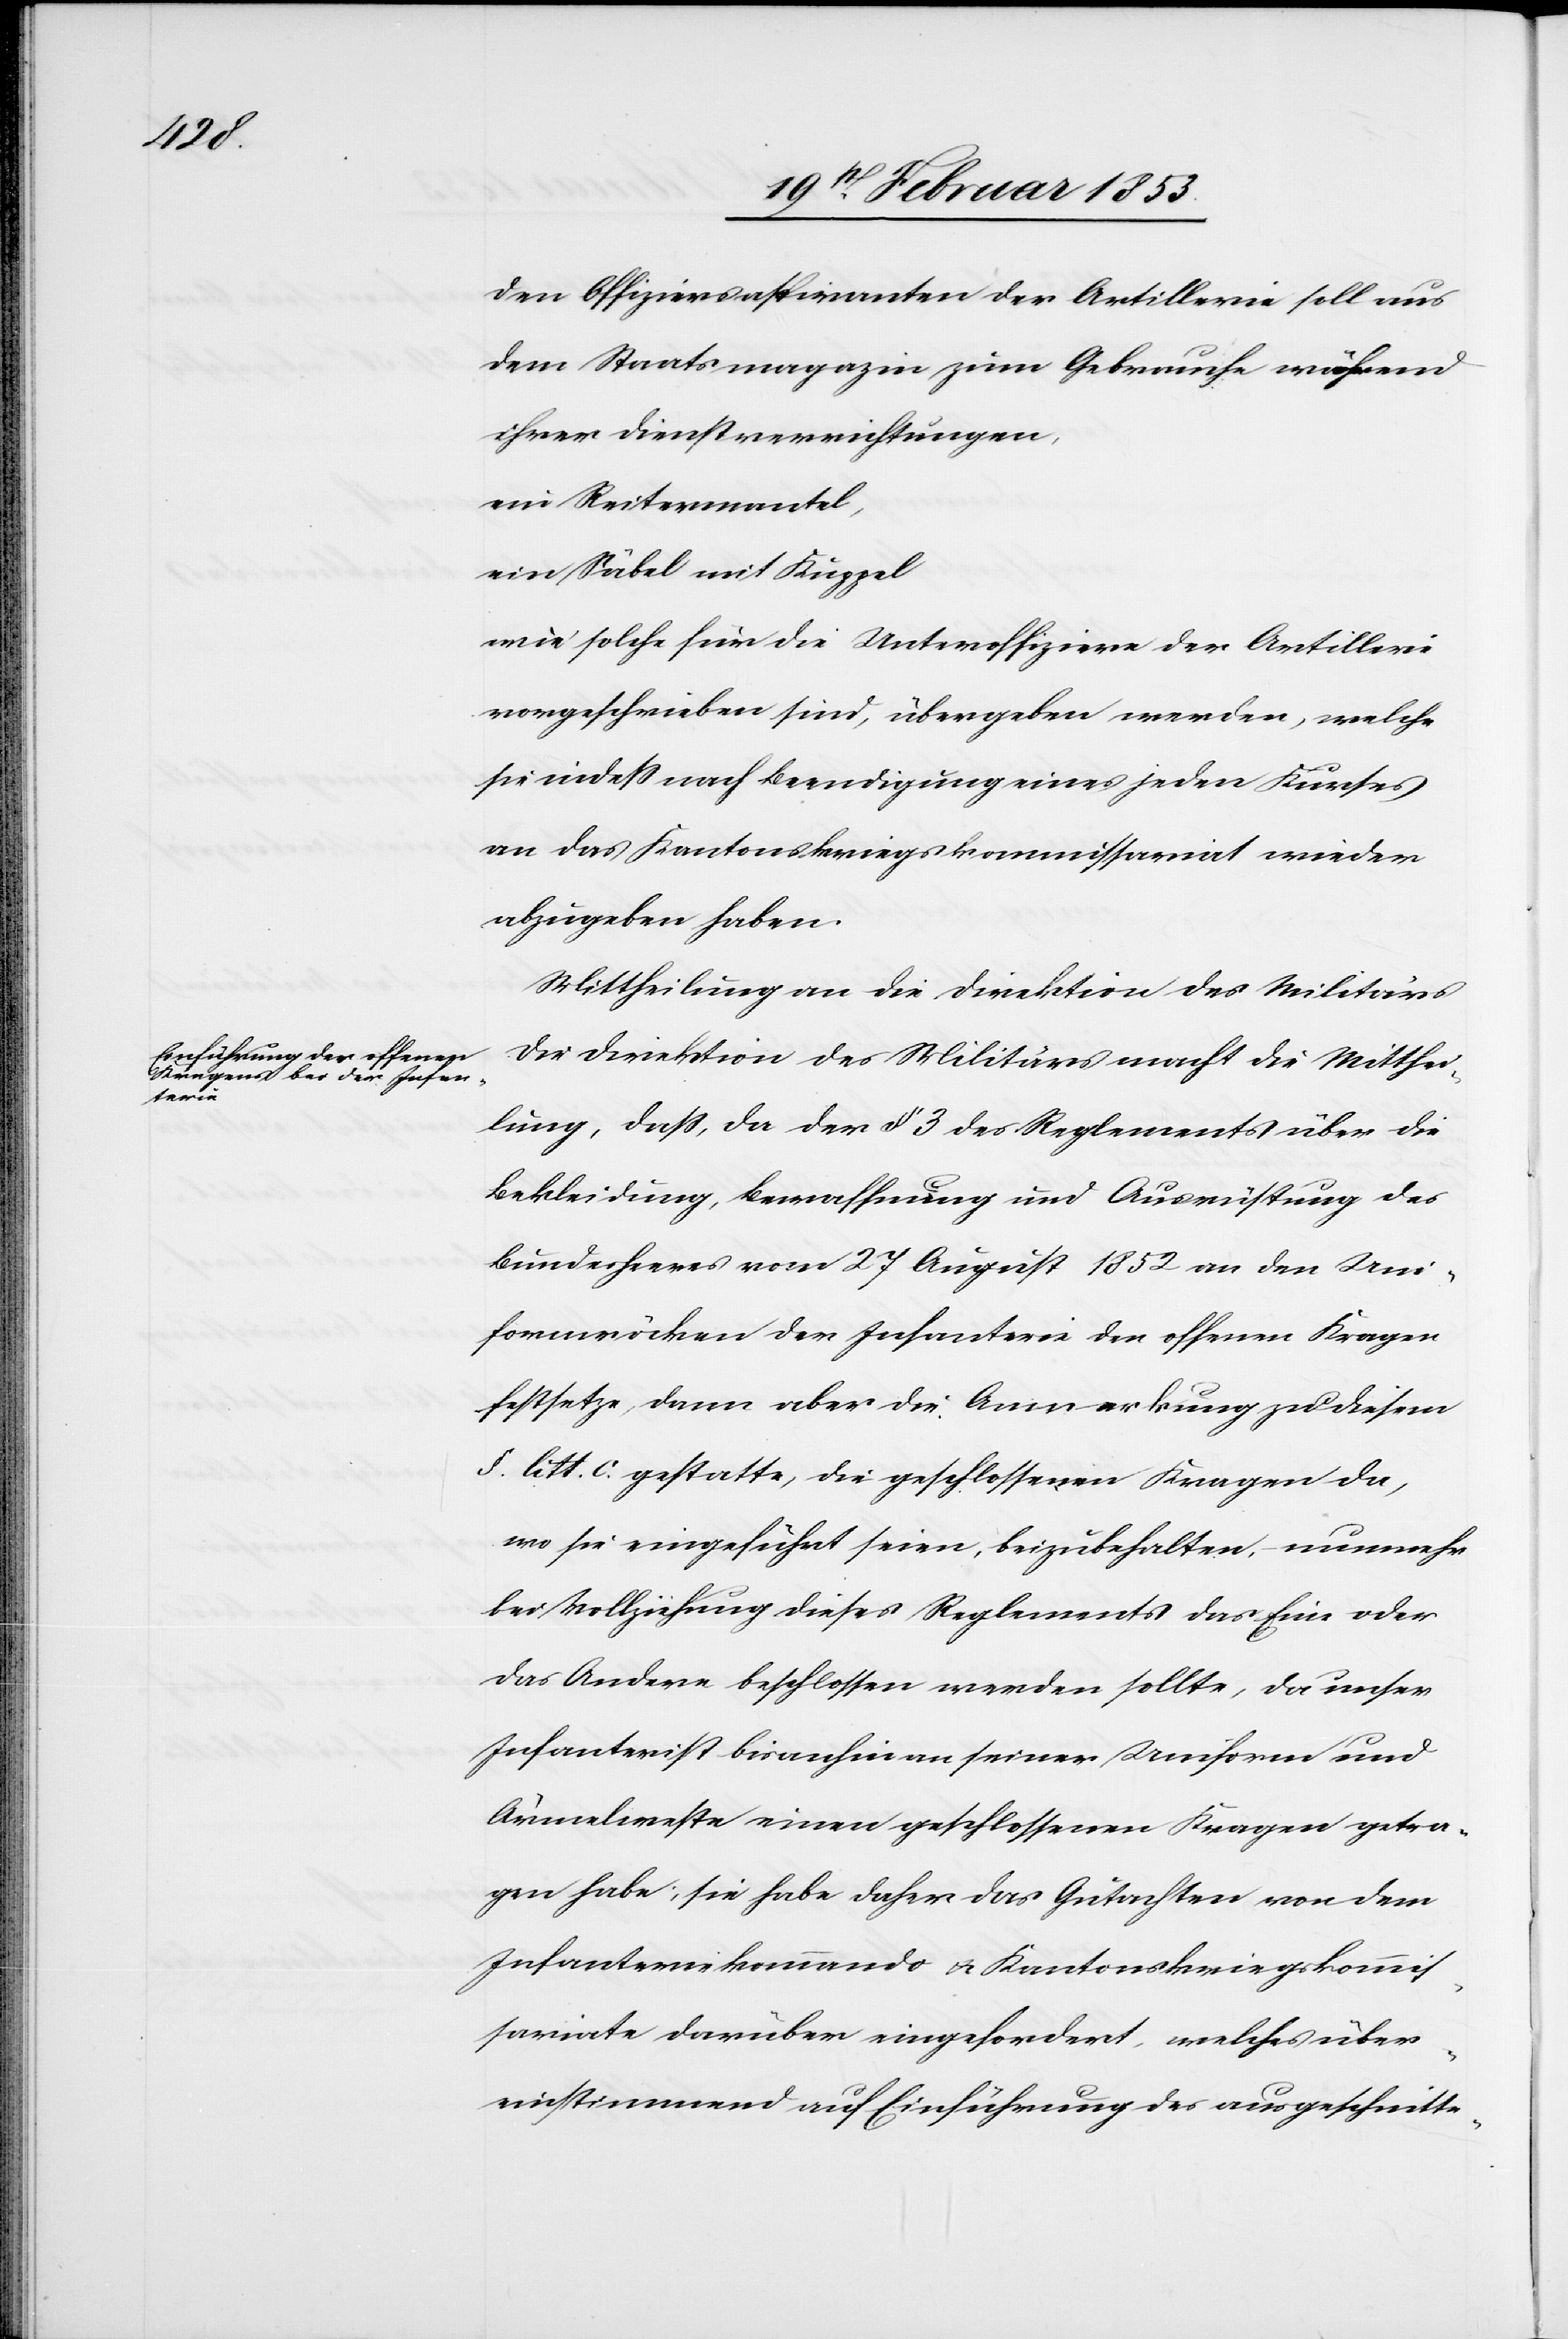
Den Offiziersaspiranten der Artillerie soll aus
dem Staatsmagazin zum Gebrauche während
ihrer Dienstverrichtungen,
ein Reitermantel,
ein Säbel mit Kuppel
wie solche für die Unteroffiziere der Artillerie
vorgeschrieben sind, übergeben werden, welche
sie indeß nach Beendigung eines jeden Kurses
an das Kantonskriegkommissariat wieder
abzugeben haben.
Mittheilung an die Direktion des Militärs.
Die Direktion des Militärs macht die Mitthei¬
lung, daß, da der § 3 des Reglements über die
Bekleidung, Bewaffnung und Ausrüstung des
Bundesheeres vom 27 August 1852 an den Uni¬
formröcken der Infanterie der offene Kragen
festsetze, dann aber die Anmerkung zu diesem
§ litt. c. gestatte, die geschlossenen Kragen da,
wo sie eingeführt seien, beizubehalten, nunmehr
bei Vollziehung dieses Reglements das Eine ode¬
r Andere beschlossen werden sollte, da unser
Infanterist bisanhin an seiner Uniform und
Ärmelweste einen geschlossenen Kragen getra¬
gen habe; sie habe daher das Gutachten von dem
Infanteriekommando u. Kantonskriegskommi¬
sariate darüber eingefordert, welches über¬
einstimmend auf Einführung des ausgeschnitte-